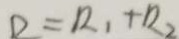
D = R _ { 1 } + R _ { 2 }